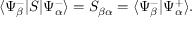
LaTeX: \langle \Psi _ { \beta } ^ { - } | S | \Psi _ { \alpha } ^ { - } \rangle = S _ { \beta \alpha } = \langle \Psi _ { \beta } ^ { - } | \Psi _ { \alpha } ^ { + } \rangle .